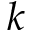
\boldsymbol { k }